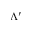
\Lambda ^ { \prime }